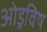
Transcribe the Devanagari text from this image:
ओड्रविष